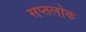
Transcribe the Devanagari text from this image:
सप्तलोक